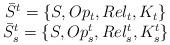
LaTeX: \begin{align*}\begin{array}{c}\bar{S}^{t}=\{S,Op_{t},Rel_{t},K_{t}\}\\ \bar{S}^{t}_{s}=\{S,Op^{t}_{s},Rel^{t}_{s},K^{t}_{s}\}\end{array}\end{align*}